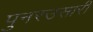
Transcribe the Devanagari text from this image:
पुनरउसारी